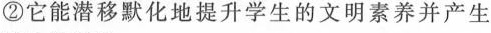
②它能潜移默化地提升学生的文明素养并产生